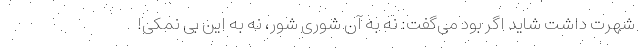
شهرت داشت شاید اگر بود می‌گفت: نه به آن شوری شور، نه به این بی نمکی!